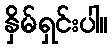
နှိမ်ရှင်းပါ။